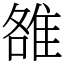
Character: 雒